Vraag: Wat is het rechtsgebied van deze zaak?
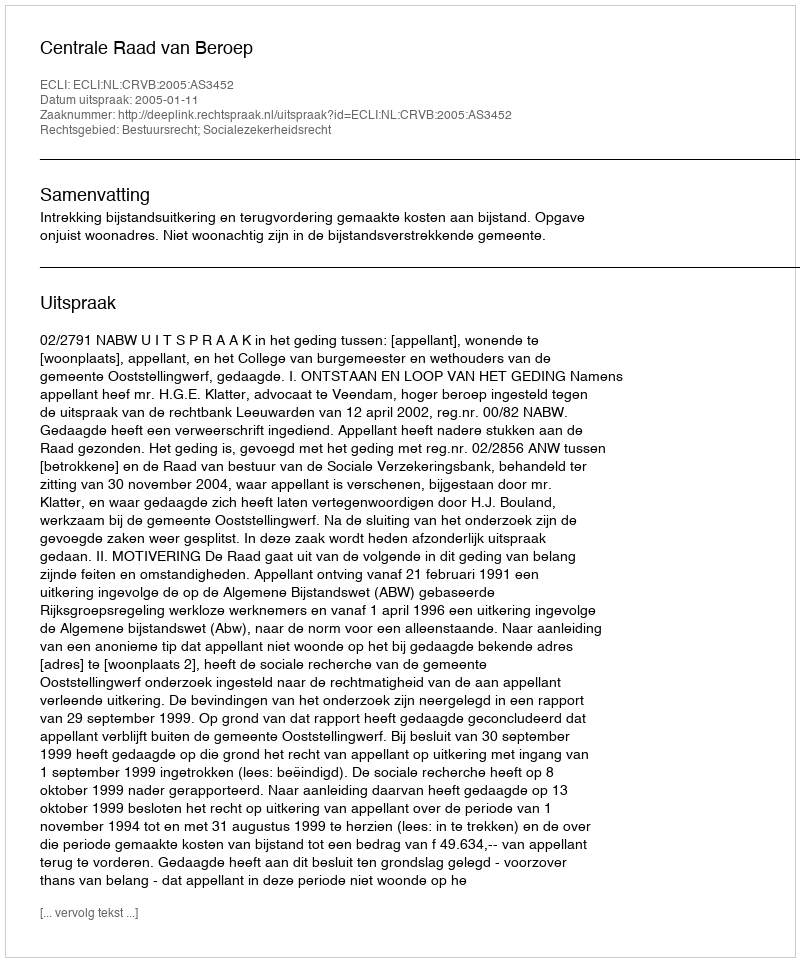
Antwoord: Bestuursrecht; Socialezekerheidsrecht